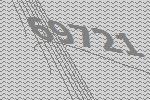
69721